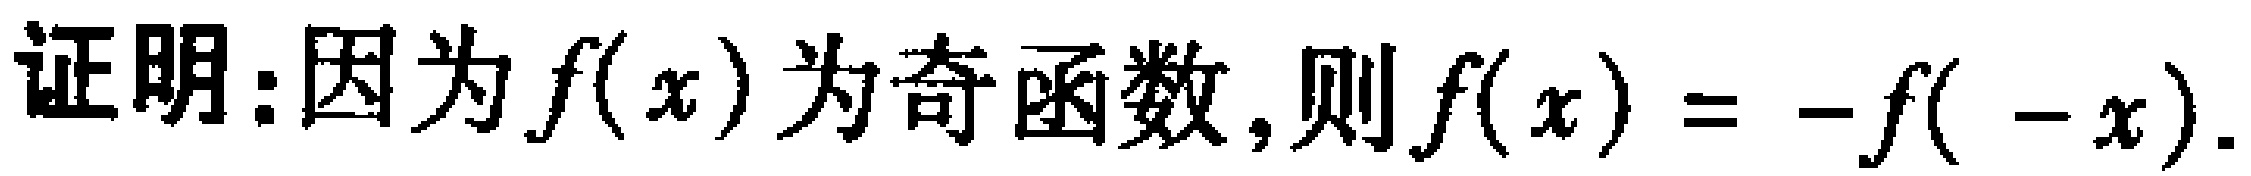
证明：因为\(f(x)\)为奇函数，则\(f(x)= -f( -x)\)。